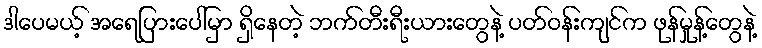
ဒါပေမယ့် အရေပြားပေါ်မှာ ရှိနေတဲ့ ဘက်တီးရီးယားတွေနဲ့ ပတ်ဝန်းကျင်က ဖုန်မှုန့်တွေနဲ့